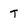
Character: t